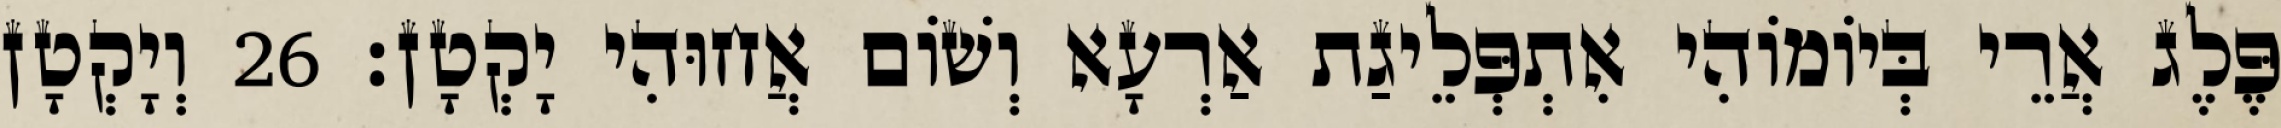
פֶּלֶג אֲרֵי בְּיוֹמוֹהִי אִתְפְּלֵיגַת אַרְעָא וְשׁוֹם אֲחוּהִי יָקְטָן׃ 26 וְיָקְטָן